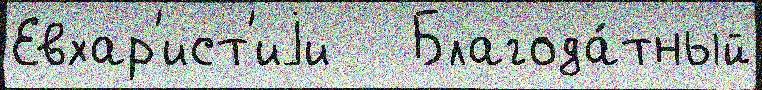
Евхар'ист'иjи   Благода́тный